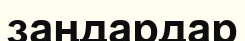
заңдардар